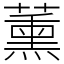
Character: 薰